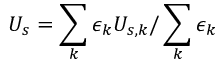
U _ { s } = \sum _ { k } \epsilon _ { k } U _ { s , k } / \sum _ { k } \epsilon _ { k }